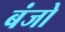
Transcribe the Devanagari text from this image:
बंजो